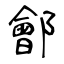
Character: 鄶